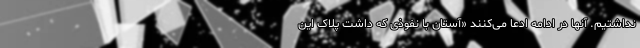
نداشتیم. آنها در ادامه ادعا می‌کنند «آستان با نفوذی که داشت پلاک این